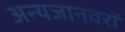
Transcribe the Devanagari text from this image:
अन्यजानवरों